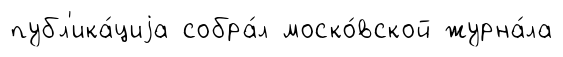
публ'ика́циjа собра́л моско́вской журна́ла